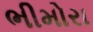
ભીમોરા